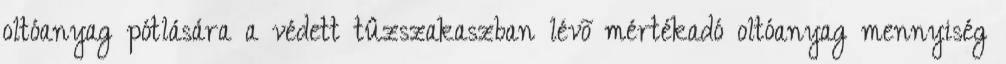
oltóanyag pótlására a védett tûzszakaszban lévõ mértékadó oltóanyag mennyiség